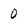
Character: 0